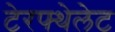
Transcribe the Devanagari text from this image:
टेरफ्थेलेट